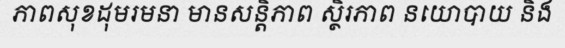
ភាពសុខដុមរមនា មានសន្តិភាព ស្ថិរភាព នយោបាយ និង